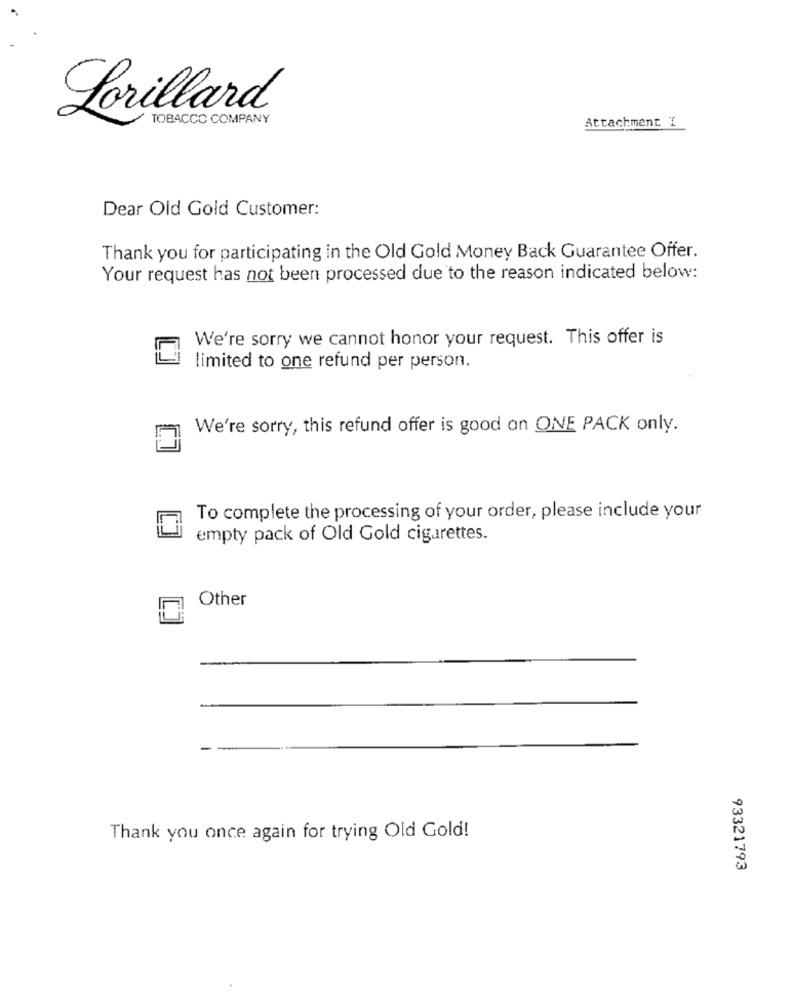
Lorillard
TOBACCO COMPANY
Attachment I
Dear Old Gold Customer:
Thank you for participating in the Old Gold Money Back Guarantee Offer.
Your request has not been processed due to the reason indicated below:
We're sorry we cannot honor your request. This offer is
limited to one refund per person.
We're sorry, this refund offer is good on ONE PACK only.
To complete the processing of your order, please include your
empty pack of Old Gold cigarettes.
Other
Thank you once again for trying Old Gold!
93321793